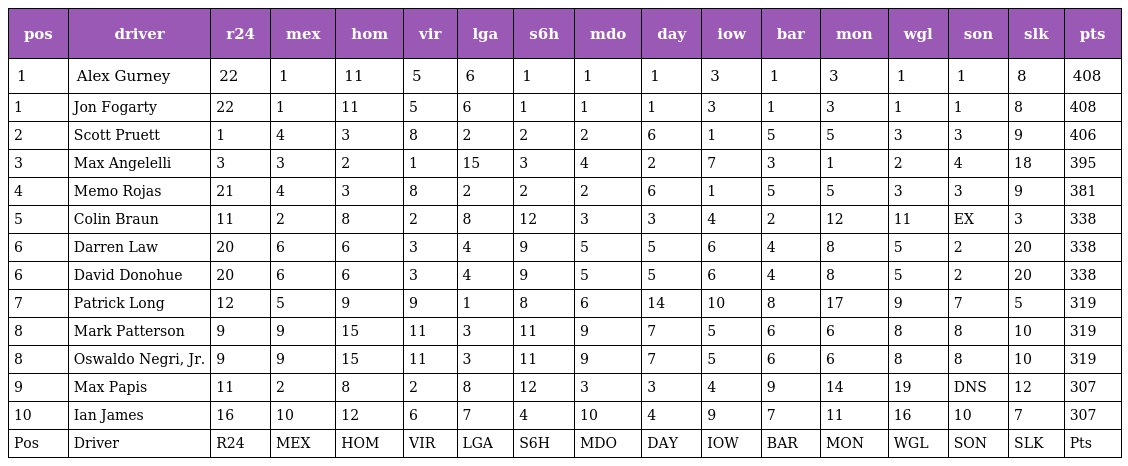
| pos | driver | r24 | mex | hom | vir | lga | s6h | mdo | day | iow | bar | mon | wgl | son | slk | pts |
 | --- | --- | --- | --- | --- | --- | --- | --- | --- | --- | --- | --- | --- | --- | --- | --- | --- |
 | 1 | Alex Gurney | 22 | 1 | 11 | 5 | 6 | 1 | 1 | 1 | 3 | 1 | 3 | 1 | 1 | 8 | 408 |
 | 1 | Jon Fogarty | 22 | 1 | 11 | 5 | 6 | 1 | 1 | 1 | 3 | 1 | 3 | 1 | 1 | 8 | 408 |
 | 2 | Scott Pruett | 1 | 4 | 3 | 8 | 2 | 2 | 2 | 6 | 1 | 5 | 5 | 3 | 3 | 9 | 406 |
 | 3 | Max Angelelli | 3 | 3 | 2 | 1 | 15 | 3 | 4 | 2 | 7 | 3 | 1 | 2 | 4 | 18 | 395 |
 | 4 | Memo Rojas | 21 | 4 | 3 | 8 | 2 | 2 | 2 | 6 | 1 | 5 | 5 | 3 | 3 | 9 | 381 |
 | 5 | Colin Braun | 11 | 2 | 8 | 2 | 8 | 12 | 3 | 3 | 4 | 2 | 12 | 11 | EX | 3 | 338 |
 | 6 | Darren Law | 20 | 6 | 6 | 3 | 4 | 9 | 5 | 5 | 6 | 4 | 8 | 5 | 2 | 20 | 338 |
 | 6 | David Donohue | 20 | 6 | 6 | 3 | 4 | 9 | 5 | 5 | 6 | 4 | 8 | 5 | 2 | 20 | 338 |
 | 7 | Patrick Long | 12 | 5 | 9 | 9 | 1 | 8 | 6 | 14 | 10 | 8 | 17 | 9 | 7 | 5 | 319 |
 | 8 | Mark Patterson | 9 | 9 | 15 | 11 | 3 | 11 | 9 | 7 | 5 | 6 | 6 | 8 | 8 | 10 | 319 |
 | 8 | Oswaldo Negri, Jr. | 9 | 9 | 15 | 11 | 3 | 11 | 9 | 7 | 5 | 6 | 6 | 8 | 8 | 10 | 319 |
 | 9 | Max Papis | 11 | 2 | 8 | 2 | 8 | 12 | 3 | 3 | 4 | 9 | 14 | 19 | DNS | 12 | 307 |
 | 10 | Ian James | 16 | 10 | 12 | 6 | 7 | 4 | 10 | 4 | 9 | 7 | 11 | 16 | 10 | 7 | 307 |
 | Pos | Driver | R24 | MEX | HOM | VIR | LGA | S6H | MDO | DAY | IOW | BAR | MON | WGL | SON | SLK | Pts |